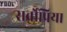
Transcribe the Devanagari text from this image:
सर्वोप्रिया